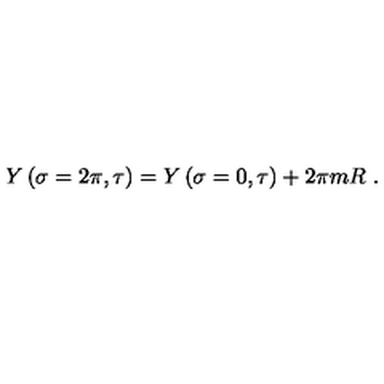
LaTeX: Y \left( \sigma = 2 \pi , \tau \right) = Y \left( \sigma = 0 , \tau \right) + 2 \pi m R \ .